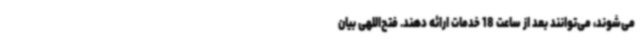
می‌شوند، می‌توانند بعد از ساعت 18 خدمات ارائه دهند. فتح‌اللهی بیان